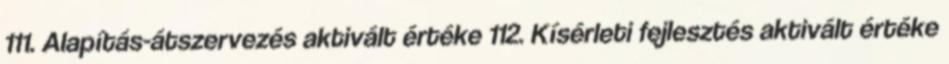
111. Alapítás-átszervezés aktivált értéke 112. Kísérleti fejlesztés aktivált értéke